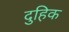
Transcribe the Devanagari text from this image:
दुहिक